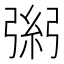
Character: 𢐁